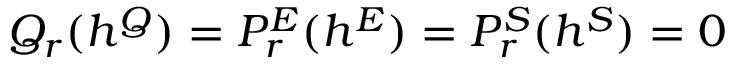
{ \cal Q } _ { r } ( h ^ { Q } ) = { \cal P } _ { r } ^ { E } ( h ^ { E } ) = { \cal P } _ { r } ^ { S } ( h ^ { S } ) = 0